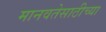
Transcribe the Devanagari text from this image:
मानवतेसाठीच्या